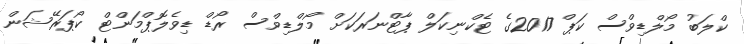
ކްލަބު މޯލްޑިވްސް ކަޕް 2017ގެ ޓެކްނިކަލް ޕާޓްނަރަކަށް މޯލްޑިވްސް ރޯޑް ޑިވެލޮޕްމަންޓް ކޯޕަރޭޝަން